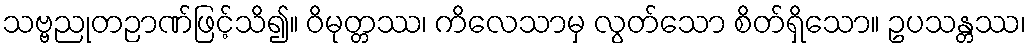
သဗ္ဗညုတဉာဏ်ဖြင့်သိ၍။ ဝိမုတ္တဿ၊ ကိလေသာမှ လွတ်သော စိတ်ရှိသော။ ဥပသန္တဿ၊